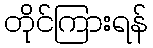
တိုင်ကြားရန်